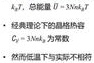
$k_{f}$，接触热阻$0.15m^{2}\cdot K/kW$
$C_{p}$为空气定压热容
$T_{f}$为流体温度